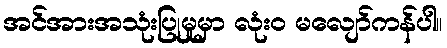
အင်အားအသုံးပြုမှုမှာ လုံးဝ မလျော်ကန်ပါ။